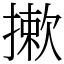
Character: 摗